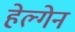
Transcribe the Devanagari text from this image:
हेल्गेन